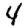
Digit: 4